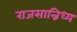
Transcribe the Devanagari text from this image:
राजसान्निध्य